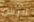
أليس